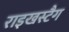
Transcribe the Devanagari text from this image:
राइखस्टैग